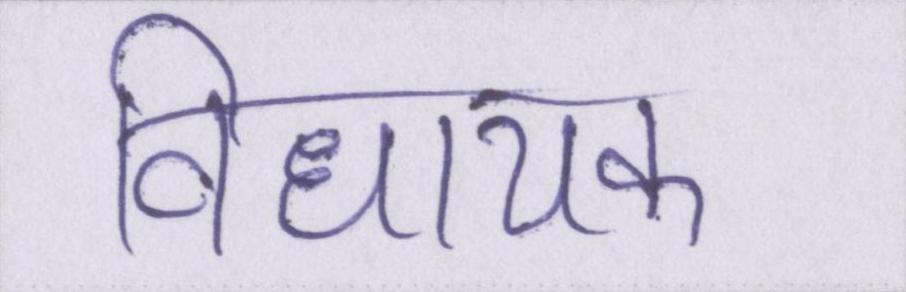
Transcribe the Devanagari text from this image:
विधायक